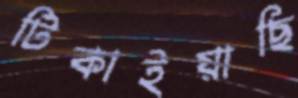
টিকাইয়াছি